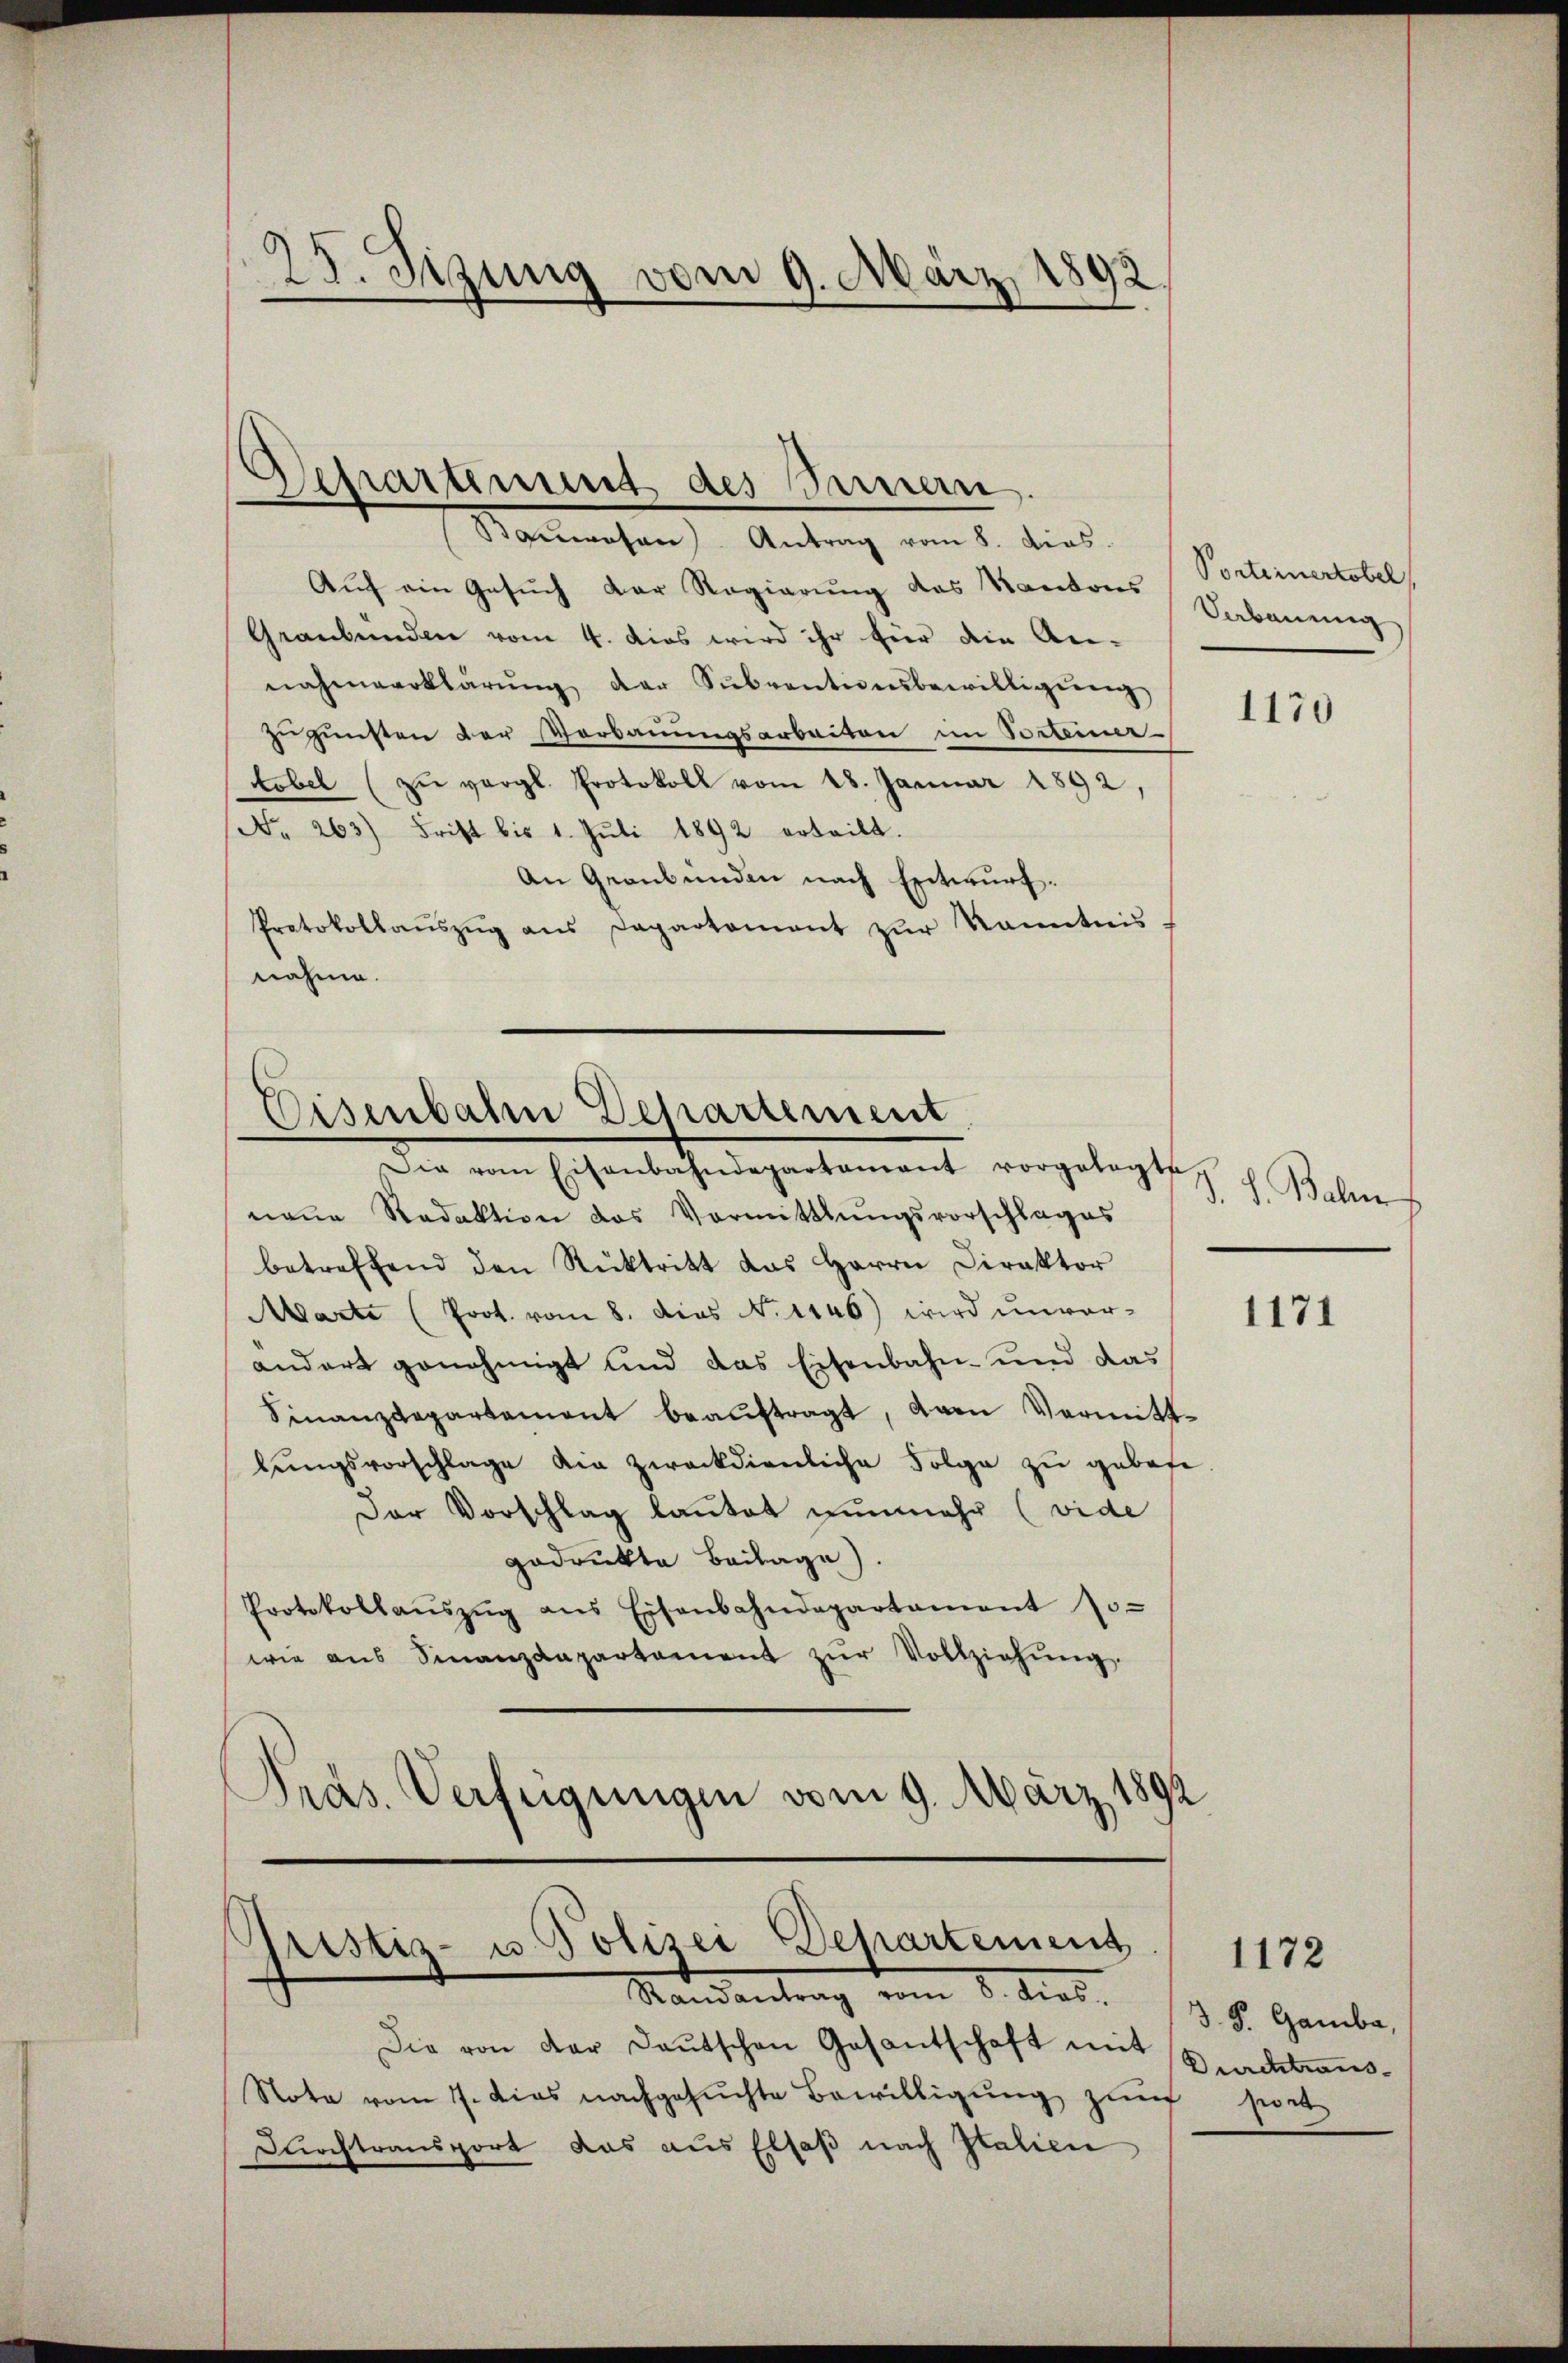
25. Sizung vom 9. März 1892

Baŭwesen. Antrag vom 8. dies
Auf ein Gesuch der Regierung des Kantons (Porteinertobel
Graubünden vom 4. dies wird ihr für die An-
nahmeerklärŭng der Sŭbventionsbewilligŭng
zugunsten der Vorbauungsarbeiten im Torteiner
tobel (zŭ vergl. Protokoll vom 18. Januar 1892,
No. 263) Frist bis 1. Jŭli 1892 erteilt.
An Graubünden nach Entwurf.
Protokollaŭszŭg ans Departament zŭr Kanntnis
nahme.

Departement des Bauern.

Eisenbahn Departement
Die vom Eisenbahndepartamant vorgelegte

neue Redaktion des Vormittlungsvorschlages
betreffend den Rücktritt das Herrn Direktor
Marte (Poot. vom 8. dies N. 1146) wird unvor-
andert genehmigt und das Eisenbahn- und das
Finanzdepartement beaŭftragt, dann Vermittlungsvorschlage die zweckdienliche Folge zu gebote
Der Vorschlag lautet nunmehr (vide
gedrukte Beilage).
Protokollaŭszŭg ans Eisenbahndepartament Jo-
wie aus Sinanzdepartement zŭr Vollziehŭng
Pras. Verfügungen vom 9. März 1892

Pristia- u Polizei Departement 1172
Standentrag vom 8. dies

Die von der Deutschen Gesantschaft mit Brachtrans¬
Note vom 7. dies nachgesuchte Bewilligung zur hint
Durchtransport das aus Elsaß nach Italien

Vebauung

1170

J. Baben

1171

3. S. Gamba,